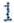
1